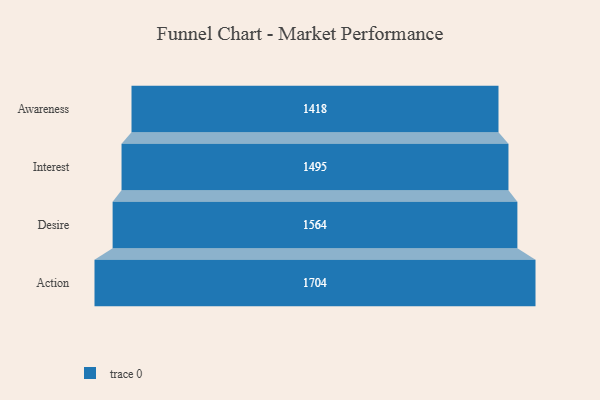
{"axis": {"x": "Stage", "y": "Value"}, "legend": [""], "data": [{"x": "Awareness", "y": 1418.0, "type": ""}, {"x": "Interest", "y": 1495.0, "type": ""}, {"x": "Desire", "y": 1564.0, "type": ""}, {"x": "Action", "y": 1704.0, "type": ""}]}